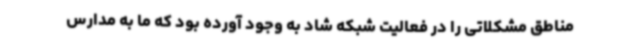
مناطق مشکلاتی را در فعالیت شبکه شاد به وجود آورده بود که ما به مدارس